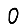
Digit: 0